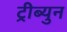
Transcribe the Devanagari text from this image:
ट्रीब्युन